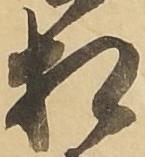
相